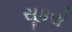
સૂકરો